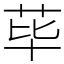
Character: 荜